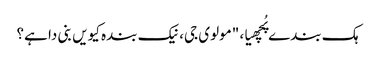
ہک بندے پُچھیا، "مولوی جی، نیک بندہ کیویں بنی دا ہے؟